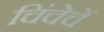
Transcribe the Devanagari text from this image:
चिंचेचें